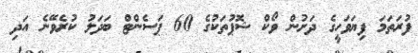
ފުރަތަމަ ފިޔަވަހީގެ ދަށުން ވޯކް ޝޮޕުތަކުގެ 60 ޕަސެންޓް ބަދަލު ކުރެވޭނެ އަދި